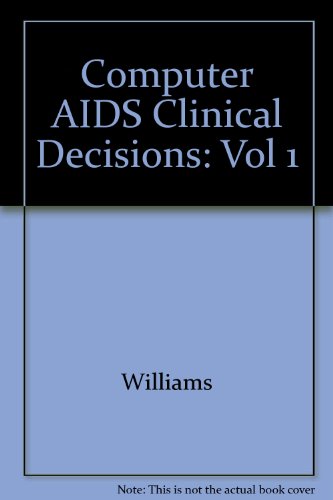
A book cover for Computer Aids to Clinical Decision Volume II; Medical Books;